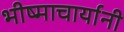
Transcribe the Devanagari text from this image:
भीष्माचार्यानी